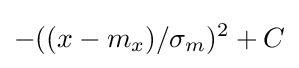
-((x-m_{x})/\sigma _{m})^{2}+C